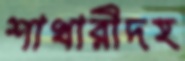
শাখারীদহ